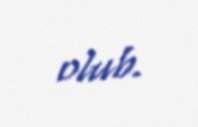
olub.